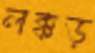
লক্কড়